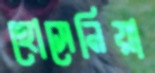
হোসেনিয়া